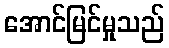
အောင်မြင်မှုသည်